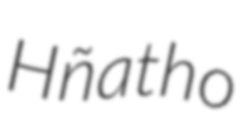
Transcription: Hñatho